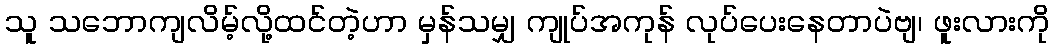
သူ သဘောကျလိမ့်လို့ထင်တဲ့ဟာ မှန်သမျှ ကျုပ်အကုန် လုပ်ပေးနေတာပဲဗျ၊ ဖူးလားကို